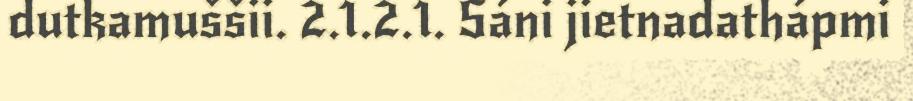
dutkamuššii. 2.1.2.1. Sáni jietnadathápmi